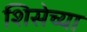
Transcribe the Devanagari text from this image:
शिसेच्या